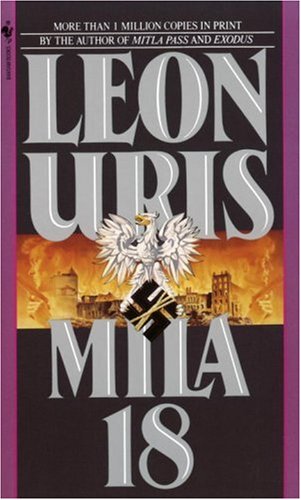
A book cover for Mila 18; Leon Uris; Mystery, Thriller & Suspense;